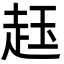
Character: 䞝